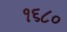
૧૬૮૦